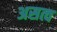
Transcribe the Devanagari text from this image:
असत्व